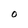
Character: O